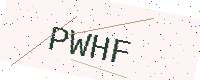
Text: PWHF